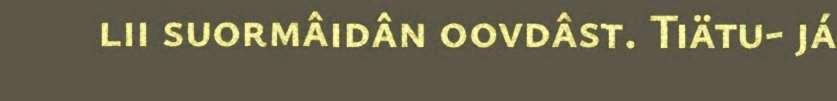
lii suormâidân oovdâst. Tiätu- já